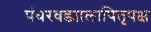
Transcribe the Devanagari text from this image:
पंधरवड्यालापितृपक्ष